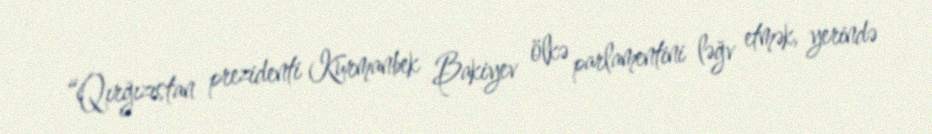
“Qırğızıstan prezidenti Kurmanbek Bakiyev ölkə parlamentini ləğv etmək, yerində